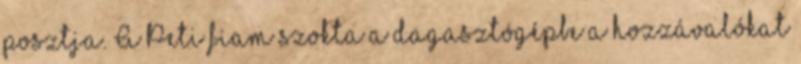
posztja. A Peti fiam szokta a dagasztógépbe a hozzávalókat